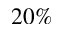
2 0 \%